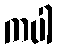
ကပါ